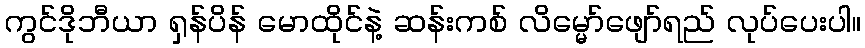
ကွင်ဒိုဘီယာ ရှန်ပိန် မောထိုင်နဲ့ ဆန်းကစ် လိမ္မော်ဖျော်ရည် လုပ်ပေးပါ။